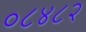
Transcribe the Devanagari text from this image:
०८४८२